Vaccination in the Punjab 1905-1918 - 1905-1918
Year: 1905
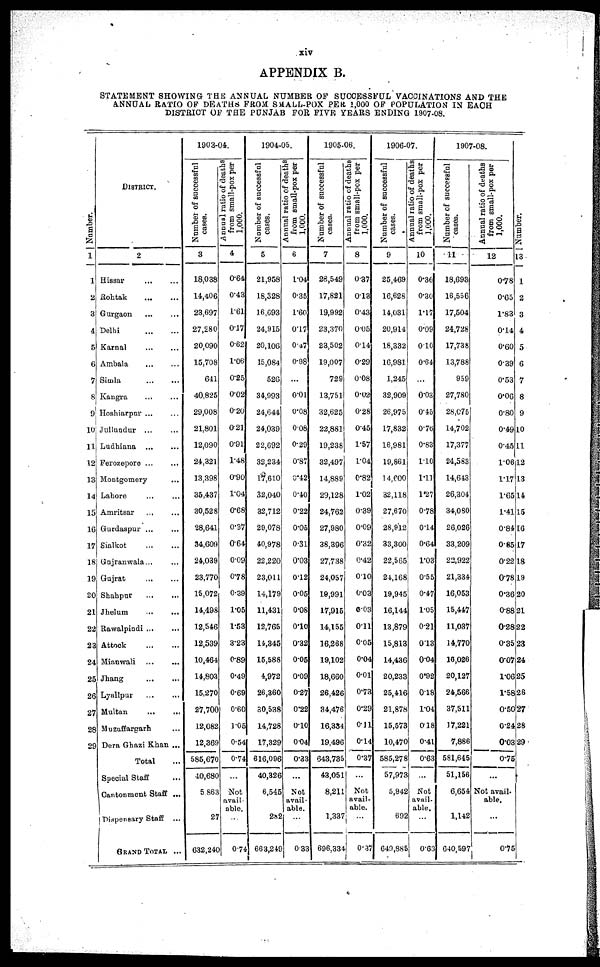
xiv
APPENDIX B.
STATEMENT SHOWING THE ANNUAL NUMBER OF SUCCESSFUL VACCINATIONS AND THE
ANNUAL RATIO OF DEATHS FROM SMALL-POX PER, 1,000 OF POPULATION IN EACH
DISTRICT OF THE PUNJAB FOR FIVE YEARS ENDING 1907-08.
Number.
1
1
2
3
4
5
6
7
8
9
10
11
12
13
14
15
16
17
18
19
20
21
22
23
24
25
26
27
28
29
DISTRICT.
2
Hissar ... ...
Rohtak
...
...
Gurgaon ... ...
Delhi
...
...
Karnal
...
...
Ambala
...
...
Simla
...
...
Kangra ... ...
Hoshiarpur ... ...
Jullundur ... ...
Ludhiana ... ...
Ferozepore
...
...
Montgomery ...
Lahore ... ...
Amritsar ... ...
Gurdaspur ... ...
Sialkot ... ...
Gujranwala ... ...
Gujrat ... ...
Shahpur
...
...
Jhelum ... ...
Rawalpindi ... ...
Attock ... ...
Mianwali
...
...
Jhang
...
...
Lyallpur ... ...
Multan
...
...
Muzaffargarh ...
Dera Ghazi Khan ...
Total ...
Special Staff ...
Cantonment Staff ...
Dispensary Staff ...
GRAND TOTAL
...
1903-04.
Number of successful
cases.
3
18,038
14,406
23,697
27,280
20,090
15,708
641
40,825
29,008
21,801
12,090
24,321
13,398
35,437
30,528
28,641
34,609
24,039
23,770
15,072
14,498
12,546
12,539
10,464
14,803
15,270
27,700
12,082
12,369
585,670
40,680
5,863
27
632,240
Annual ratio of deaths
from small-pox per
1,000.
4
0.64
0.43
1.61
0.17
0.82
1.06
0.25
0.02
0.20
0.21
0.91
1.48
0.90
1.04
0.68
0.37
0.64
0.09
0.78
0.39
1.05
1.53
3.23
0.89
0.49
0.69
0.60
1.05
0.54
0.74
...
Not
avail-
able.
...
0.74
1904-05.
Number of successful
cases.
5
21,958
18,328
16,693
24,915
20,106
15,084
526
34,993
24,644
24,039
22,692
32,234
17,610
32,040
32,712
29,078
40,978
22,220
23,011
14,179
11,431
12,765
14,345
15,588
4,972
26,360
30,538
14,728
17,329
616,096
40,326
6,545
282
663,249
Annual ratio of deaths
from small-pox per
1,000.
6
1.04
0.35
1.60
0.17
0.47
0.98
...
0.01
0.08
0.08
0.29
0.87
0.42
0.40
0.22
0.05
0.31
0.03
0.12
0.05
0.08
0.10
0.32
0.05
0.09
0.27
0.22
0.10
0.04
0.33
...
Not
avail-
able.
...
0.33
1905-06.
Number of successful
cases.
7
28,549
17,821
19,992
23,370
23,502
19,007
729
13,751
32,625
22,881
19,238
32,497
14,889
29,128
24,762
27,980
38,396
27,738
24,057
19,991
17,915
14,155
16,268
19,102
18,660
26,426
34,476
16,334
19,496
643,735
43,051
8,211
1,337
696,334
Annual ratio of deaths
from small-pox per
1,000.
8
0.37
0.13
0.43
0.05
0.14
0.29
0.08
0.02
0.28
0.45
1.57
1.04
0.82
1.02
0.39
0.09
0.32
0.42
0.10
0.03
0.03
0.11
0.05
0.04
0.01
0.73
0.29
0.11
0.14
0.37
...
Not
avail-
able.
...
0.37
1906-07.
Number of successful
cases.
9
25,469
16,628
14,031
20,914
18,332
16,981
1,245
32,909
26,975
17,832
16,981
19,861
14,600
32,118
27,670
28,912
33,300
22,565
24,168
19,945
16,144
13,879
15,813
14,436
20,233
25,416
21,878
15,573
10,470
585,278
57,973
5,942
692
649,885
Annual ratio of deaths
from small-pox per
1,000.
10
0.36
0.30
1.17
0.09
0.10
0.64
...
0.03
0.45
0.76
0.83
1.10
1.11
1.27
0.78
0.14
0.64
1.03
0.55
0.47
1.05
0.21
0.13
0.04
0.92
0.18
1.04
0.18
0.41
0.63
...
Not
avail-
able.
...
0.63
1907-08.
Number of successful
cases.
11
18,693
16,556
17,504
24,728
17,738
13,788
959
27,780
28,075
14,702
17,377
24,583
14,643
26,304
34,080
26,026
33,209
22,922
21,334
16,053
15,447
11,037
14,770
16,026
20,127
24,566
37,511
17,221
7,886
581,645
51,156
6,654
1,142
640,597
Annual ratio of deaths
from small-pox per
1,000.
12
0.78
0.65
1.83
0.14
0.60
0.39
0.53
0.06
0.80
0.49
0.45
1.06
1.17
1.65
1.41
0.84
0.85
0.22
0.78
0.36
0.88
0.28
0.35
0.07
1.06
1.58
0.50
0.24
0.03
0.75
...
Not avail-
able.
...
0.75
Number.
13
1
2
3
4
5
6
7
8
9
10
11
12
13
14
15
16
17
18
19
20
21
22
23
24
25
26
27
28
29